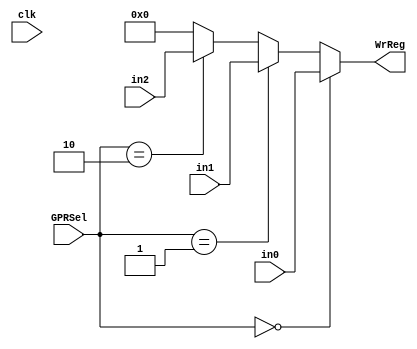
module M1(clk,GPRSel,in0,in1,in2,WrReg);
  input clk;
  input [1:0]GPRSel;
  input [31:0]in0,in1,in2;
  output [31:0]WrReg;
  
  
  //always@(*)
  //begin
  //  if(GPRSel==2'b00)
  //    WrReg=in0;
  //  if(GPRSel==2'b01)
  //    WrReg=in1;
  //  if(GPRSel==2'b10)
  //    WrReg=in2;
  //end
  
  wire zz=32'h0000_0000;
  
  
  assign WrReg=(GPRSel==2'b00)?in0:((GPRSel==2'b01)?in1:(GPRSel==2'b10)?in2:zz);
   
    
endmodule